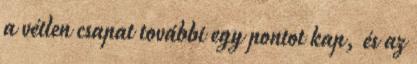
a vétlen csapat további egy pontot kap, és az